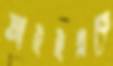
আইইএকে